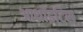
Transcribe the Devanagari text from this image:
आथ्रॉइटिस